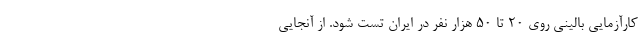
کارآزمایی بالینی روی ۲۰ تا ۵۰ هزار نفر در ایران تست شود. از آنجایی